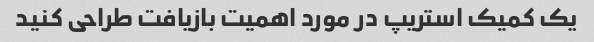
یک کمیک استریپ در مورد اهمیت بازیافت طراحی کنید